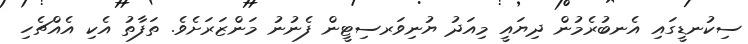
ސިކުނޑީގައި އެނބުރެމުން ދިޔައީ މިއަދު ޔުނިވަރސިޓީން ފެނުނު މަންޒަރަށެވެ. ތަފާތު އެކި އެއްޗެހި